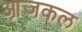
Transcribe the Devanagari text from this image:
आ़जकल